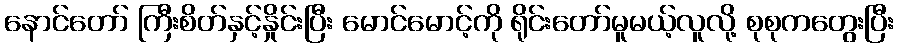
နောင်တော် ကြီးစိတ်နှင့်နှိုင်းပြီး မောင်မောင့်ကို ရိုင်းတော်မူမယ့်လူလို့ စုစုကတွေးပြီး